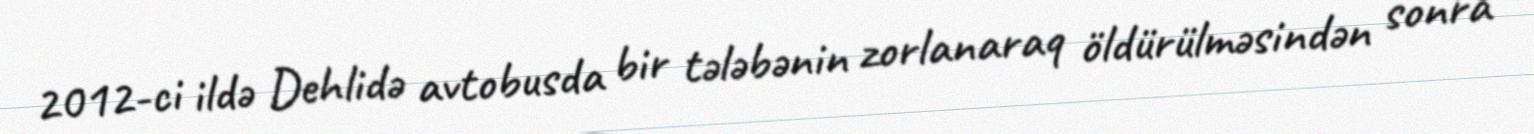
2012-ci ildə Dehlidə avtobusda bir tələbənin zorlanaraq öldürülməsindən sonra